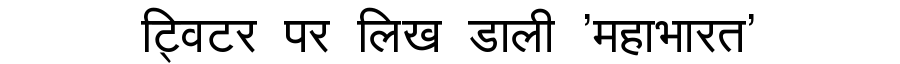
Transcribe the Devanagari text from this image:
ट्विटर पर लिख डाली 'महाभारत'